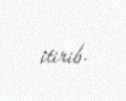
itirib.